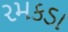
રમકડા